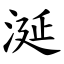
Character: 涎